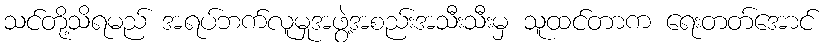
သင်တို့သိရမည် အရပ်ဘက်လူမှုအဖွဲ့အစည်းအသီးသီးမှ သူထင်တာက ရေးတတ်အောင်